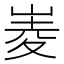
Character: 𡹃